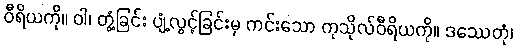
ဝီရိယကို။ ဝါ၊ တွံ့ခြင်း ပျံ့လွင့်ခြင်းမှ ကင်းသော ကုသိုလ်ဝီရိယကို။ ဒဿေတုံ၊